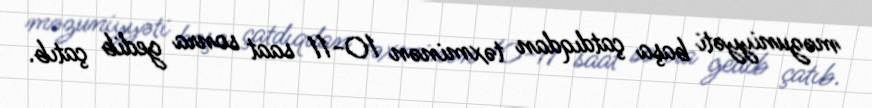
məzuniyyəti başa çatdıqdan təxminən 10-11 saat sonra gedib çatıb.